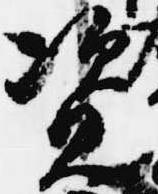
資